Leaving Certificate Examination, 1913
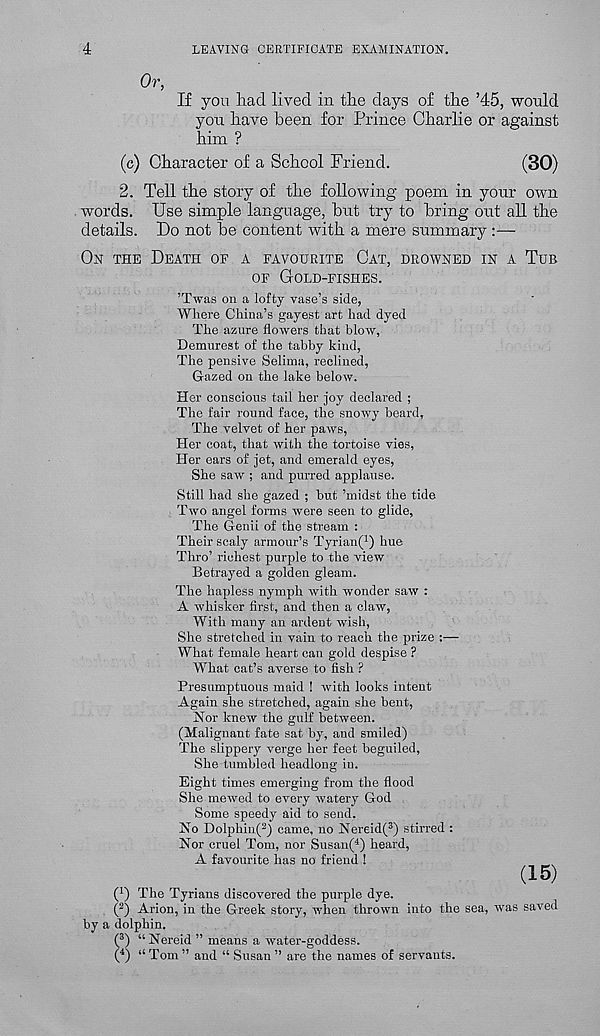
4
LEAVING CERTIFICATE EXAMINATION.
Or,
If you liad lived in the days of the ’45, would
you have been for Prince Charlie or against
him ?
(c) Character of a School Friend.
(30)
2. Tell the story of the following poem in your own
words. Use simple language, hut try to bring out all the
details. Do not he content with a mere summary
ON THE DEATH OF A FAVOURITE CAT, DROWNED IN A TUB
OF GOLD-FISHES.
’Twas on a lofty vase’s side,
Where China’s gayest art had dyed
The azure flowers that blow,
Demurest of the tabby kind,
The pensive Selima, reclined,
Gazed on the lake below.
Her conscious tail her joy declared ;
The fair round face, the snowy beard,
The velvet of her paws,
Her coat, that with the tortoise vies,
Her ears of jet, and emerald eyes,
She saw ; and purred applause.
Still had she gazed ; but ’midst the tide
Two angel forms were seen to glide,
The Genii of the stream :
Their scaly armour’s Tyrian( 1 ) hue
Thro’ richest purple to the view
Betrayed a golden gleam.
The hapless nymph with wonder saw :
A whisker first, and then a claw,
With many an ardent wish,
She stretched in vain to reach the prize :—
What female heart can gold despise ?
What cat’s averse to fish ?
Presumptuous maid ! with looks intent
Again she stretched, again she bent,
Hor knew the gulf between.
(Malignant fate sat by, and smiled)
The slippery verge her feet beguiled,
She tumbled headlong in.
Eight times emerging from the flood
She mewed to every watery God
Some speedy aid to send.
No Dolphin( 2 ) came, no Nereid( 3 ) stirred :
Nor cruel Tom, nor Susan( 4 ) heard,
A favourite has no friend !
_
(15)
( 1 ) The Tyrians discovered the purple dye.
( 2 ) Arion, in the Greek story, when thrown into the sea, was saved
by a dolphin.
(3) a Nereid ” means a water-goddess.
( 4 ) “ Tom ” and “ Susan ” are the names of servants.